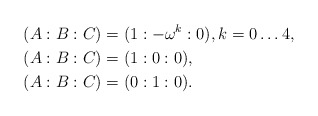
\begin{align*}(A:B:C)&=(1:-\omega^k:0), k = 0\ldots 4,\\(A:B:C)&=(1:0:0),\\(A:B:C)&=(0:1:0).\end{align*}